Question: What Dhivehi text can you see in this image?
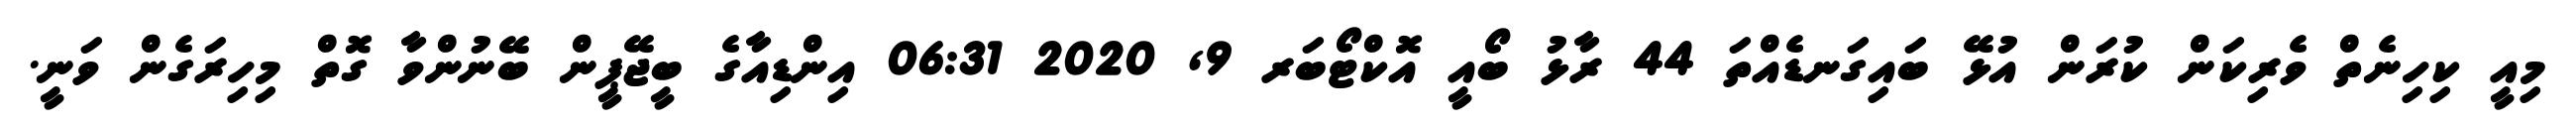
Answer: މިއީ ކިހިނެތް ވެރިކަން ކުރަން އުޅޭ ބައިގަނޑެއްތަ 44 ރާޅު ބޯއީ އޮކްޓޯބަރ 9, 2020 06:31 އިންޑިއާގެ ބީޖޭޕީން ބޭނުންވާ ގޮތް މިހިރަގެން ވަނީ.